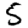
Digit: 5